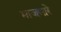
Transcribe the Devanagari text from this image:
माजणारे